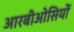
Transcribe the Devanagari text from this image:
आरबीओसियों